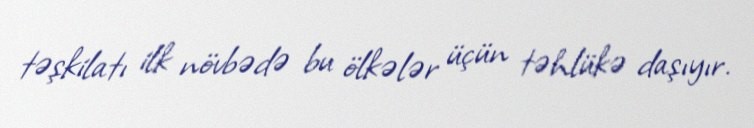
təşkilatı ilk növbədə bu ölkələr üçün təhlükə daşıyır.